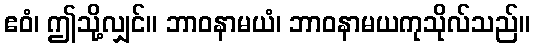
ဧဝံ၊ ဤသို့လျှင်။ ဘာဝနာမယံ၊ ဘာဝနာမယကုသိုလ်သည်။